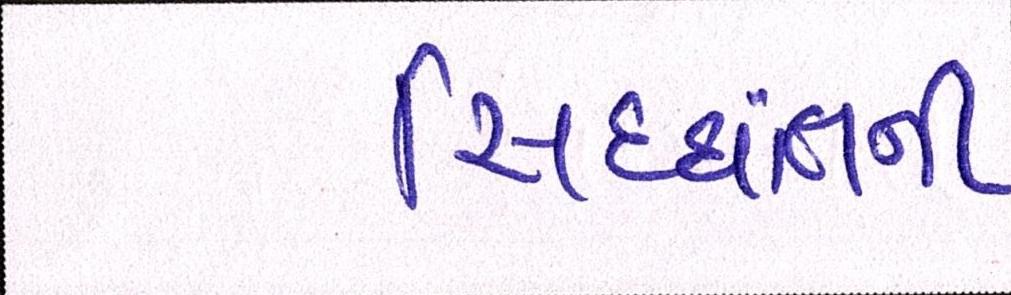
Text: સિદ્ધાંતની